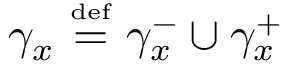
\gamma _ { x } \ { \overset { \underset { \mathrm { d e f } } { } } { = } } \ \gamma _ { x } ^ { - } \cup \gamma _ { x } ^ { + }